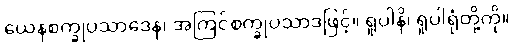
ယေနစက္ခုပသာဒေန၊ အကြင်စက္ခုပသာဒဖြင့်။ ရူပါနိ၊ ရူပါရုံတို့ကို။